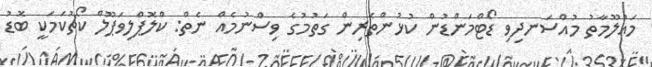
މައުލޫމާތު މުއްސަނދިވި ޑޯޓްމަންޑުން ކުޅުންތެރިން ގަތުމުގެ ވިސްނުމެއް ނެތް: ކްލޮޕްލިވަޕޫލް ކޯޗުކަމަކީ ބޮޑު